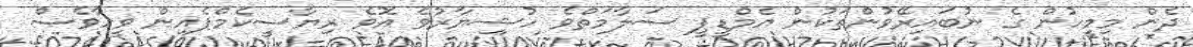
ދެން މިމީހުން ގެ ނުބައިރޭވުންތަކުން އެމްޑީޕީ ސަލާމަތްވެ ހުޝިޔާރުވެ އޮވެ ރިޔާސީކެމްޕެއިން ވީހާވެސް